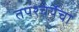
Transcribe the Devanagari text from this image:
तपश्‍चर्येचा